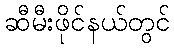
ဆီမီးဖိုင်နယ်တွင်